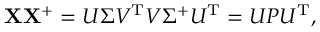
\mathbf { X } \mathbf { X } ^ { + } = U \Sigma V ^ { \mathrm { { T } } } V \Sigma ^ { + } U ^ { \mathrm { { T } } } = U P U ^ { \mathrm { { T } } } ,